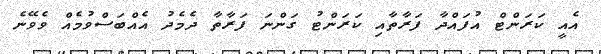
އެއީ ކަރަންޓް އުފައްދާ ފަރާތާއި ކަރަންޓު ގަންނަ ފަރާތާ ދެމެދު އެއްބަސްވުމެއް ވެވޭނެ